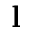
\mathbf { l }